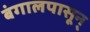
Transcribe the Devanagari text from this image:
बंगालपासून्